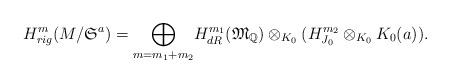
LaTeX: \begin{align*} H_{rig}^m(M/{\mathfrak S}^a)=\underset{m=m_1+m_2}\bigoplus H_{dR}^{m_1}({\mathfrak M}_{{}\mathbb{Q}})\otimes_{K_0}(H_{{J_0}}^{m_2}\otimes_{K_0}K_0(a)).\end{align*}